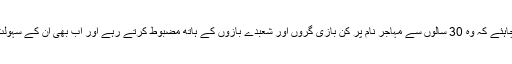
مہاجروں کو اپنے آپ کا بھی احتساب کرنا چاہئے کہ وہ 30 سالوں سے مہاجر نام پر کن بازی گروں اور شعبدے بازوں کے ہاتھ مضبوط کرتے رہے اور اب بھی ان کے سہولت کار بہروپیوں کے بہکاوے میں آرہے ہیں۔